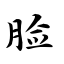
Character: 脸